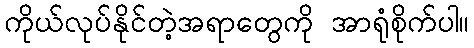
ကိုယ်လုပ်နိုင်တဲ့အရာတွေကို အာရုံစိုက်ပါ။